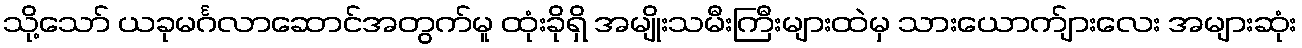
သို့သော် ယခုမင်္ဂလာဆောင်အတွက်မူ ထုံးခိုရှိ အမျိုးသမီးကြီးများထဲမှ သားယောက်ျားလေး အများဆုံး